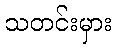
သတင်းမှား